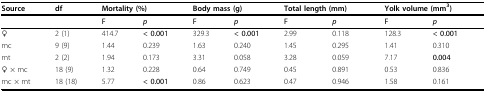
| Source | df | <COLSPAN=2> Mortality (%) | <COLSPAN=2> Body mass (g) | <COLSPAN=2> Total length (mm) | <COLSPAN=2> Yolk volume (mm3) |
 |  |  | F | p | F | p | F | p | F | p |
 | --- | --- | --- | --- | --- | --- | --- | --- | --- | --- |
 | ♀ | 2 (1) | 414.7 | < 0.001 | 329.3 | < 0.001 | 2.99 | 0.118 | 128.3 | < 0.001 |
 | mc | 9 (9) | 1.44 | 0.239 | 1.63 | 0.240 | 1.45 | 0.295 | 1.41 | 0.310 |
 | mt | 2 (2) | 1.94 | 0.173 | 3.31 | 0.058 | 3.28 | 0.059 | 7.17 | 0.004 |
 | ♀ × mc | 18 (9) | 1.32 | 0.228 | 0.64 | 0.749 | 0.45 | 0.891 | 0.53 | 0.836 |
 | mc × mt | 18 (18) | 5.77 | < 0.001 | 0.86 | 0.623 | 0.47 | 0.946 | 1.58 | 0.161 |